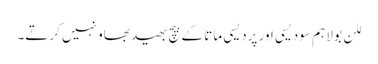
للن بولا ہم سودیسی اور پردیسی ماتا کے بیچ بھید بھاو نہیں کرتے۔